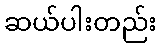
ဆယ်ပါးတည်း